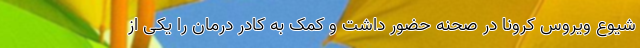
شیوع ویروس کرونا در صحنه حضور داشت و کمک به کادر درمان را یکی از